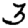
Digit: 3